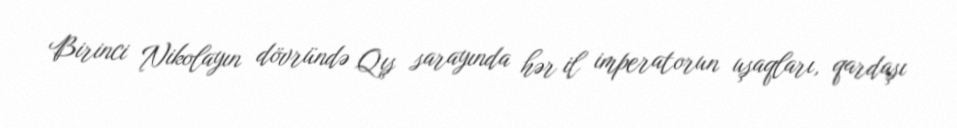
Birinci Nikolayın dövründə Qış sarayında hər il imperatorun uşaqları, qardaşı